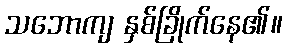
သဘောကျ နှစ်ခြိုက်နေ၏။